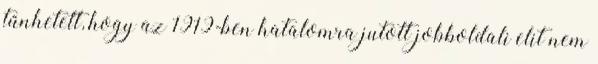
tűnhetett, hogy az 1919-ben hatalomra jutott jobboldali elit nem